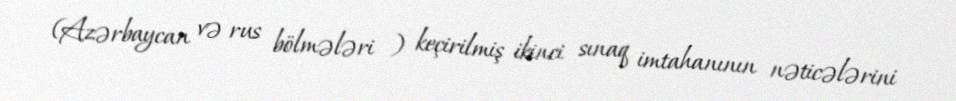
(Azərbaycan və rus bölmələri ) keçirilmiş ikinci sınaq imtahanının nəticələrini